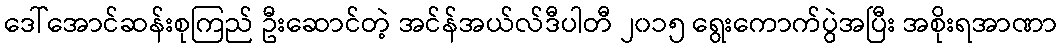
ဒေါ်အောင်ဆန်းစုကြည် ဦးဆောင်တဲ့ အင်န်အယ်လ်ဒီပါတီ ၂၀၁၅ ရွေးကောက်ပွဲအပြီး အစိုးရအာဏာ